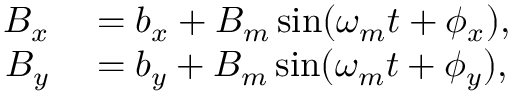
\begin{array} { r l } { B _ { x } } & { { } = b _ { x } + B _ { m } \sin ( \omega _ { m } t + \phi _ { x } ) , } \\ { B _ { y } } & { { } = b _ { y } + B _ { m } \sin ( \omega _ { m } t + \phi _ { y } ) , } \end{array}